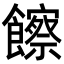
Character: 𩟔